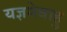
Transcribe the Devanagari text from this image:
यज्ञमेवाहु